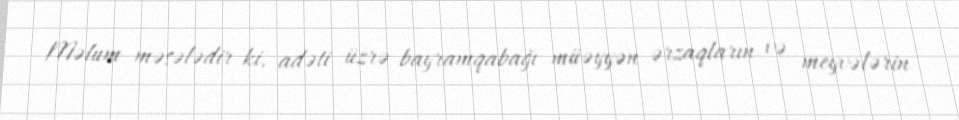
Məlum məsələdir ki, adəti üzrə bayramqabağı müəyyən ərzaqların və meyvələrin